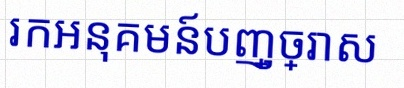
រកអនុគមន៍បញ្ច្រាស